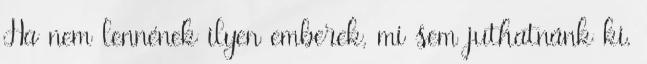
Ha nem lennének ilyen emberek, mi sem juthatnánk ki.